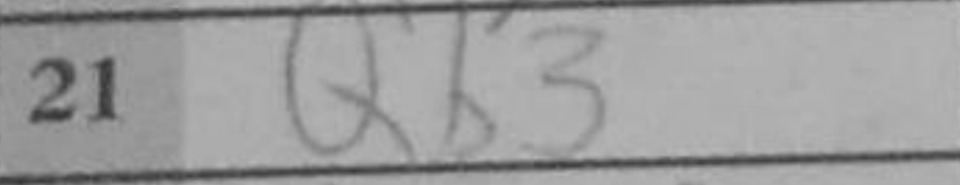
Transcription: Qb3